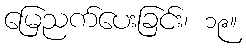
မြေညက်ပေးခြင်း၊ ၁၉။